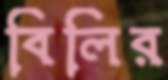
বিলির